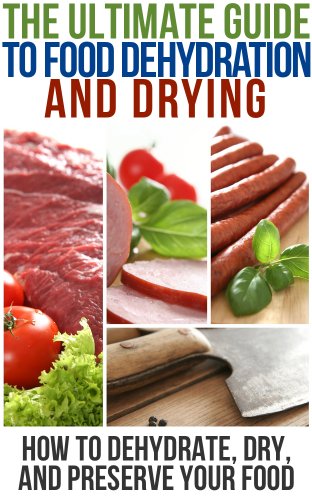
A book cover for The Ultimate Guide To Food Dehydration and Drying: How To Dehydrate, Dry, and Preserve Your Food; Brian Night; Cookbooks, Food & Wine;